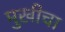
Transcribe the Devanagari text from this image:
मुखीचा